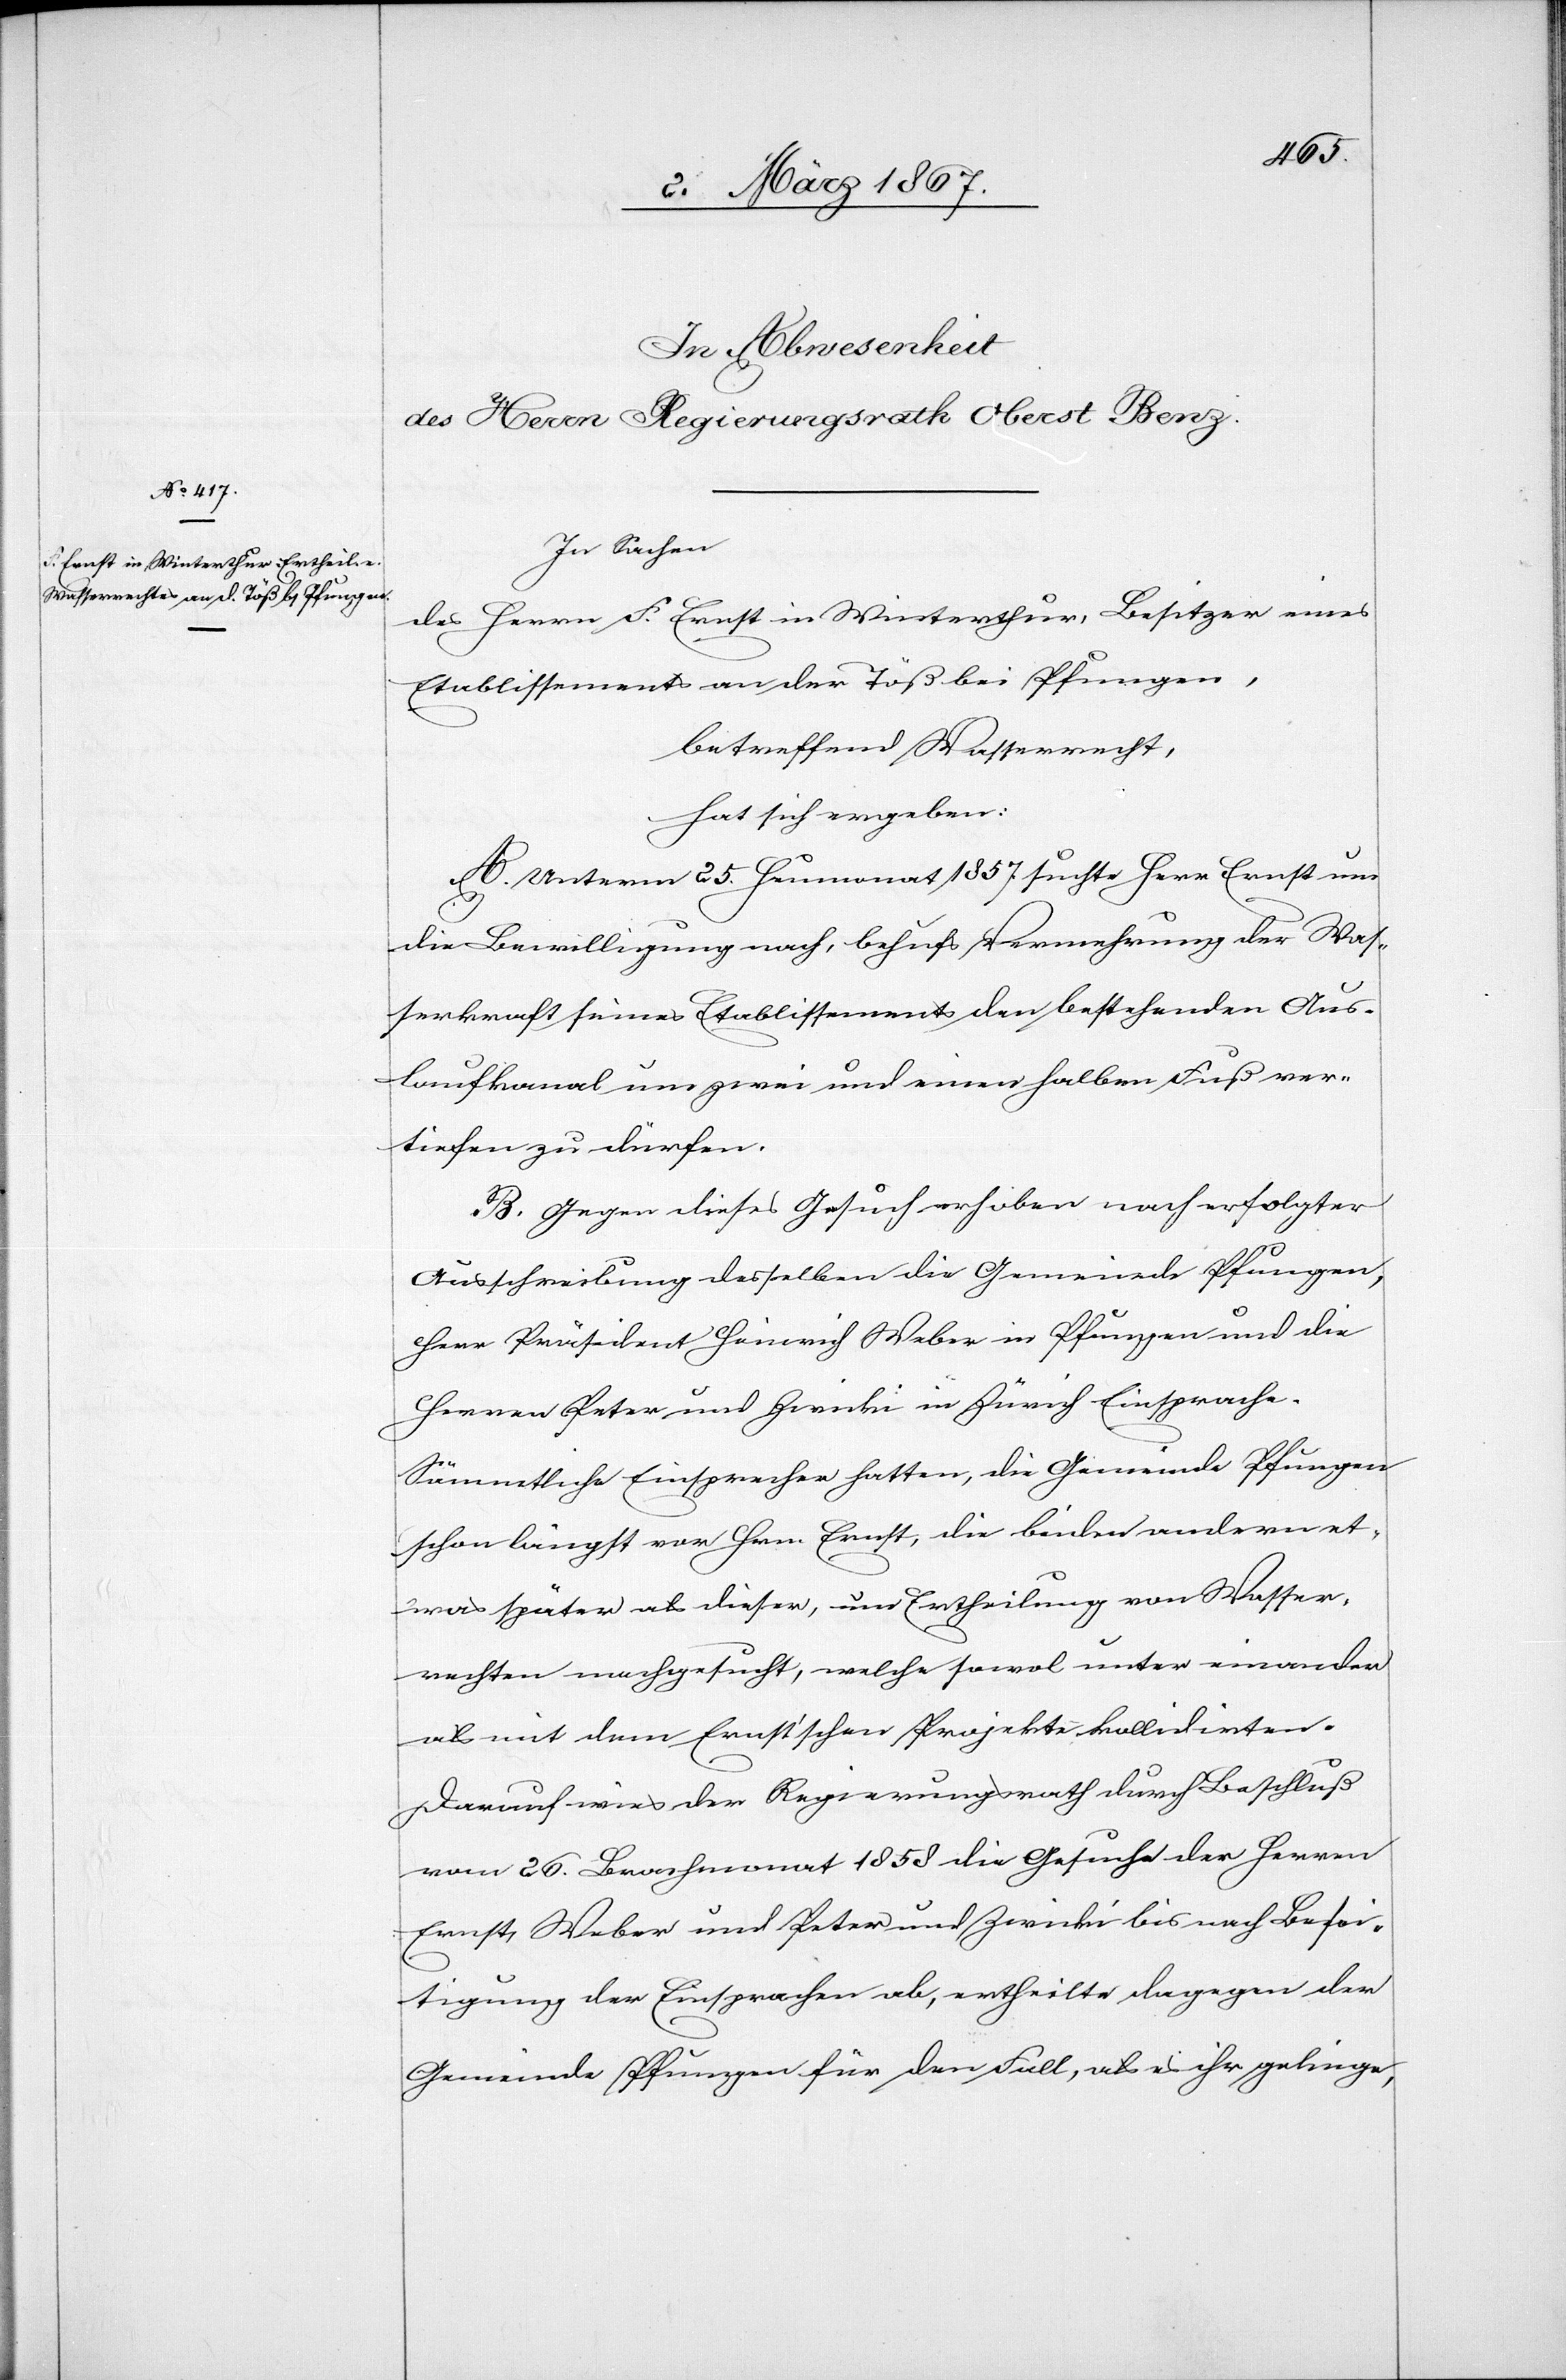
In Sachen
des Herrn F. Ernst in Winterthur, Besitzer eines
Etablissements an der Töß bei Pfungen.
betreffend Wasserrecht,
hat sich ergeben:
A. Unterm 25. Heumonat 1857 suchte Herr Ernst um
die Bewilligung nach, behufs Vermehrung der Was¬
serkraft seines Etablissements den bestehenden Aus¬
laufkanal um zwei und einen halben Fuß ver¬
tiefen zu dürfen.
B. Gegen dieses Gesuch erhoben nach erfolgter
Ausschreibung desselben die Gemeinde Pfungen,
Herr Präsident Heinrich Weber in Pfungen und die
Herren Peter und Zwicki in Zürich Einsprache.
Sämmtliche Einsprecher hatten, die Gemeinde Pfungen
schon längst vor Hrn. Ernst, die beiden andern et¬
was später als dieser, um Ertheilung von Wasser¬
rechten nachgesucht, welche sowol unter einander
als mit dem Ernst’schen Projekte kollidirten.
Darauf wies der Regierungsrath durch Beschluß
vom 26. Brachmonat 1858 die Gesuche der Herren
Ernst, Weber und Peter und Zwicki bis auf Besei¬
tigung der Einsprachen ab, ertheilte dagegen der
Gemeinde Pfungen für den Fall, als es ihr gelinge,